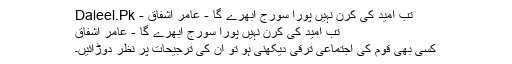
تب امید کی کرن نہیں پورا سورج ابھرے گا - عامر اشفاق - Daleel.Pk
تب امید کی کرن نہیں پورا سورج ابھرے گا - عامر اشفاق
کسی بھی قوم کی اجتماعی ترقی دیکھنی ہو تو ان کی ترجیحات پر نظر دوڑائیں۔